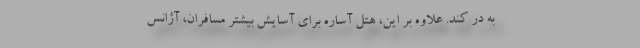
به در کند. علاوه بر این، هتل آساره برای آسایش بیشتر مسافران، آژانس